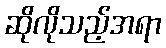
ဆိုလိုသည့်အရာ